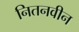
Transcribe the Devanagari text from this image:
नितनवीन